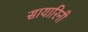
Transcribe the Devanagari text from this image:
सायारिनी